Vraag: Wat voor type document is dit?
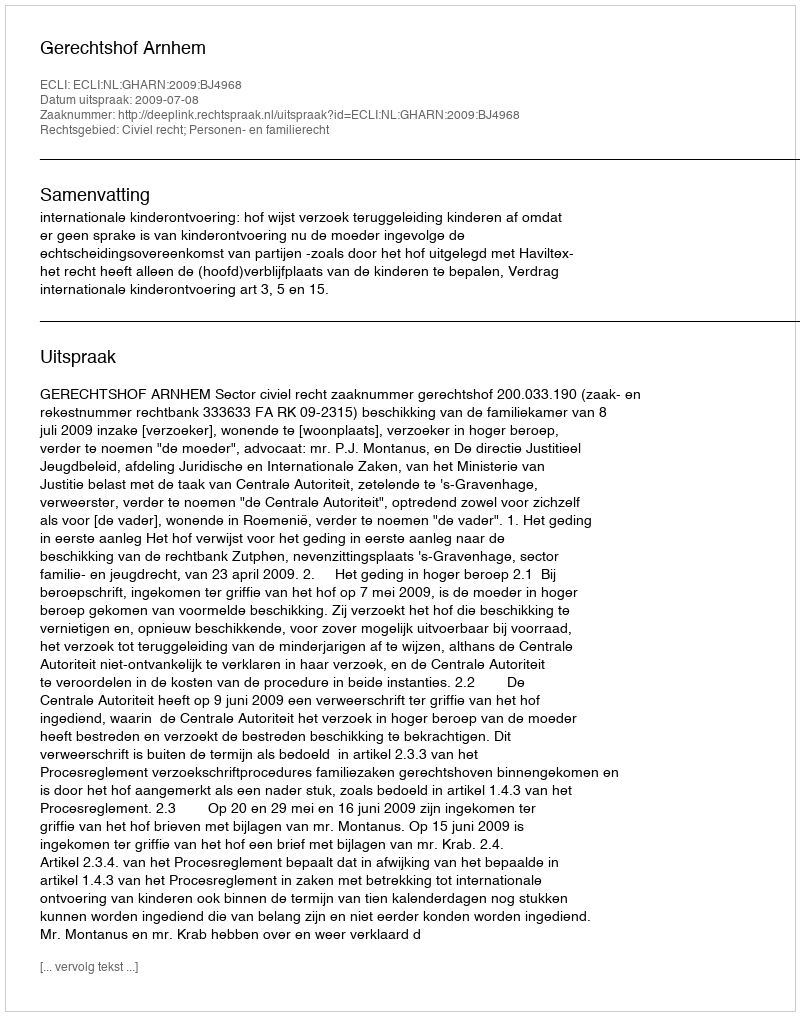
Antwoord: Uitspraak